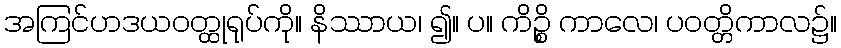
အကြင်ဟဒယဝတ္ထုရုပ်ကို။ နိဿာယ၊ ၍။ ပ။ ကိဉ္စိ ကာလေ၊ ပဝတ္တိကာလ၌။